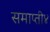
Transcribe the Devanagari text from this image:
समाप्ती४